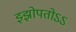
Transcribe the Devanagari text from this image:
झ्झोपतोऽऽ